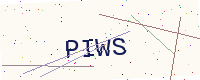
Text: PIWS